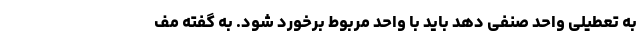
به تعطیلی واحد صنفی دهد باید با واحد مربوط برخورد شود. به گفته مف